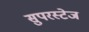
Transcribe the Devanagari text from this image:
सुपरस्टेज